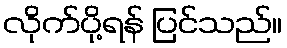
လိုက်ပို့ရန် ပြင်သည်။